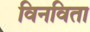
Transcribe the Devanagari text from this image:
विनविता